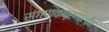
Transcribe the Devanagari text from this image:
संगणकप्रणालीत